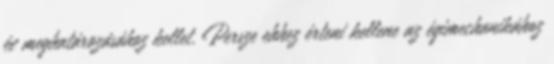
év meghatározásához kellet. Persze ehhez érteni kellene az égimechanikához